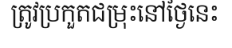
ត្រូវប្រកួតជម្រុះនៅថ្ងៃនេះ